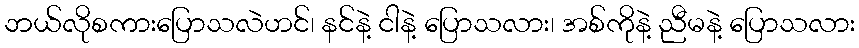
ဘယ်လိုစကားပြောသလဲဟင်၊ နင်နဲ့ ငါနဲ့ ပြောသလား၊ အစ်ကိုနဲ့ ညီမနဲ့ ပြောသလား